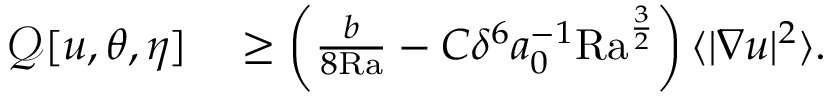
\begin{array} { r l } { \mathcal { Q } [ u , \theta , \eta ] } & { { } \geq \left( \frac { b } { 8 \mathrm { { R a } } } - C \delta ^ { 6 } a _ { 0 } ^ { - 1 } \mathrm { { R a } } ^ { \frac { 3 } { 2 } } \right) \langle | \nabla u | ^ { 2 } \rangle . } \end{array}